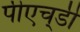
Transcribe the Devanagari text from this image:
पीएच्‌डी